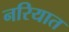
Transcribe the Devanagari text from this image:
नरियात